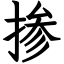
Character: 掺